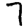
Digit: 7